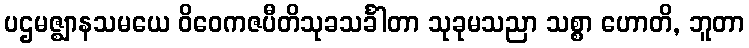
ပဌမဇ္ဈာနသမယေ ဝိဝေကဇပီတိသုခသင်္ခါတာ သုခုမသညာ သစ္စာ ဟောတိ, ဘူတာ